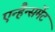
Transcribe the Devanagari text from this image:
एन्हैन्समेंट